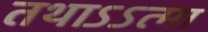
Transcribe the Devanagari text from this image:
तथाऽऽत्मा